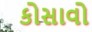
કોસાવો